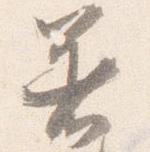
着